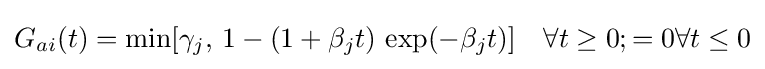
G_{ai}(t)=\min[\gamma _{j},\,1-(1+\beta _{j}t)\,\exp(-\beta _{j}t)]\quad \forall t\geq 0;=0\forall t\leq 0